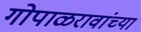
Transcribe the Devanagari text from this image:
गोपाळरावांच्या